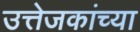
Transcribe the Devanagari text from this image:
उत्तेजकांच्या